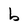
Character: b